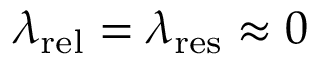
\lambda _ { \mathrm { { r e l } } } = \lambda _ { \mathrm { { r e s } } } \approx 0